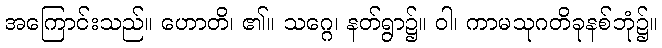
အကြောင်းသည်။ ဟောတိ၊ ၏။ သဂ္ဂေ၊ နတ်ရွာ၌။ ဝါ၊ ကာမသုဂတိခုနစ်ဘုံ၌။